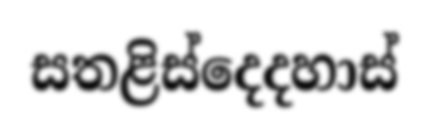
සතළිස්දෙදහාස්